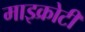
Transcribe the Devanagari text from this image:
माइक्रोटी